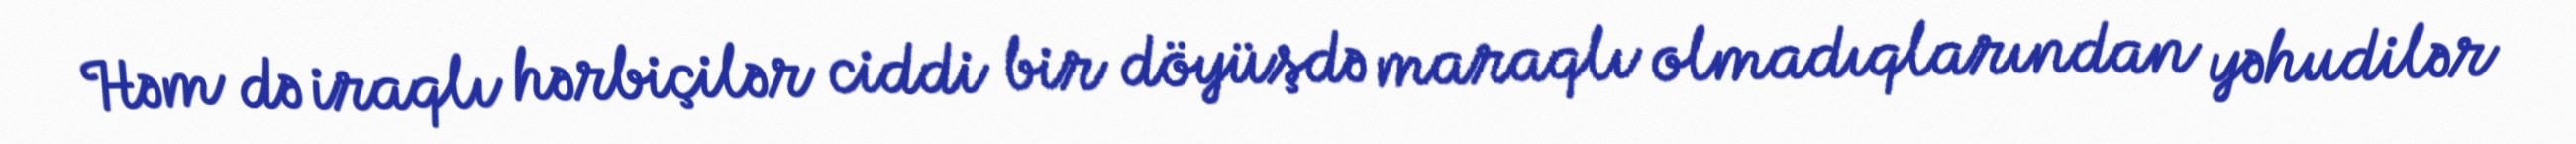
Həm də iraqlı hərbiçilər ciddi bir döyüşdə maraqlı olmadıqlarından yəhudilər